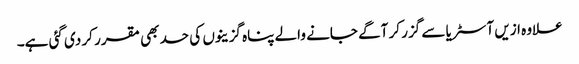
علاوہ ازیں آسٹریا سے گزر کر آگے جانے والے پناہ گزینوں کی حد بھی مقرر کر دی گئی ہے۔